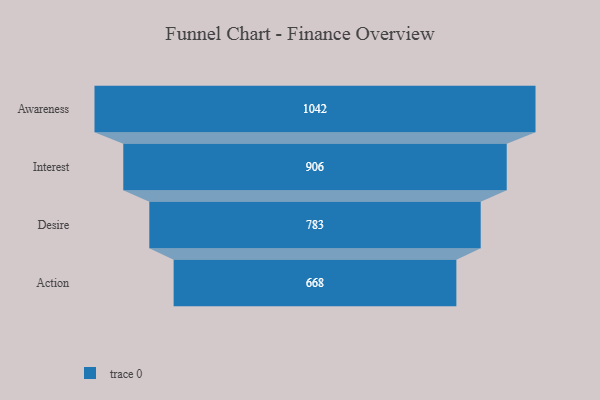
{"axis": {"x": "Stage", "y": "Value"}, "legend": [""], "data": [{"x": "Awareness", "y": 1042.0, "type": ""}, {"x": "Interest", "y": 906.0, "type": ""}, {"x": "Desire", "y": 783.0, "type": ""}, {"x": "Action", "y": 668.0, "type": ""}]}